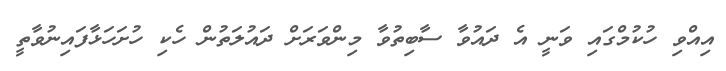
އިއްވި ހުކުމްގައި ވަނީ އެ ދައުވާ ސާބިތުވާ މިންވަރަށް ދައުލަތުން ހެކި ހުށަހަޅާފައިނުވާތީ